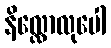
နိလ္လောလုပေါ